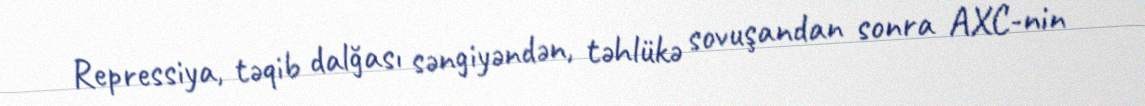
Repressiya, təqib dalğası səngiyəndən, təhlükə sovuşandan sonra AXC-nin